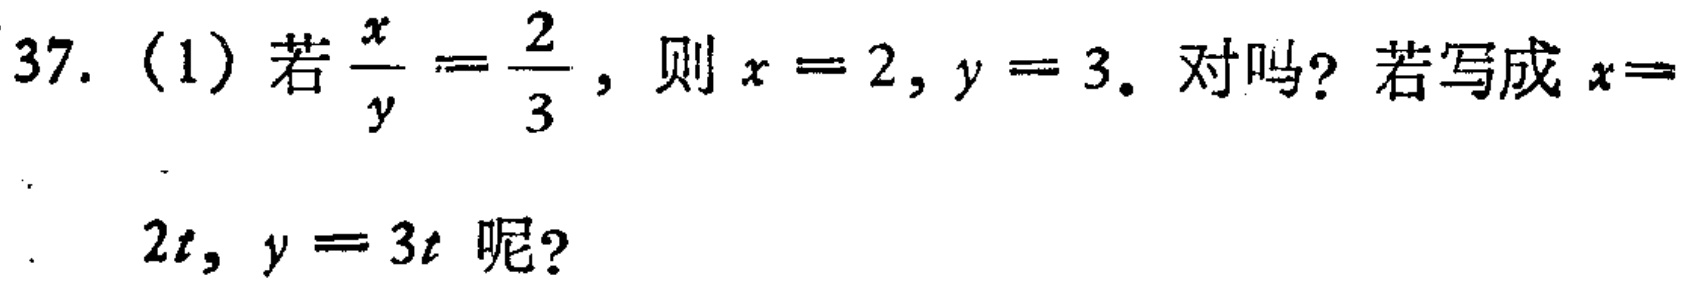
37. (1) 若$\frac{x}{y}=\frac{2}{3}$，则$x = 2,y = 3$。对吗？若写成$x = 2t,y = 3t$呢？